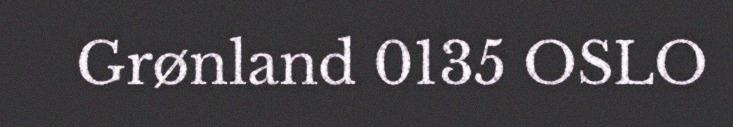
Grønland 0135 OSLO